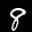
Label: 8